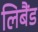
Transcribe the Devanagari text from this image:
लिबैंड